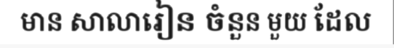
មាន សាលារៀន ចំនួន មួយ ដែល